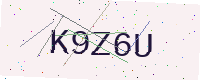
Text: K9Z6U